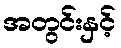
အတွင်းနှင့်